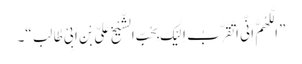
”اَلَّلھُمَّ اِنِّی اَ تَقَرَّبُ اِلَیْکَ بِحُبِّ الشَّیْخِ عَلِیِّ بْنِ اَبِیْ طٰالِب“۔